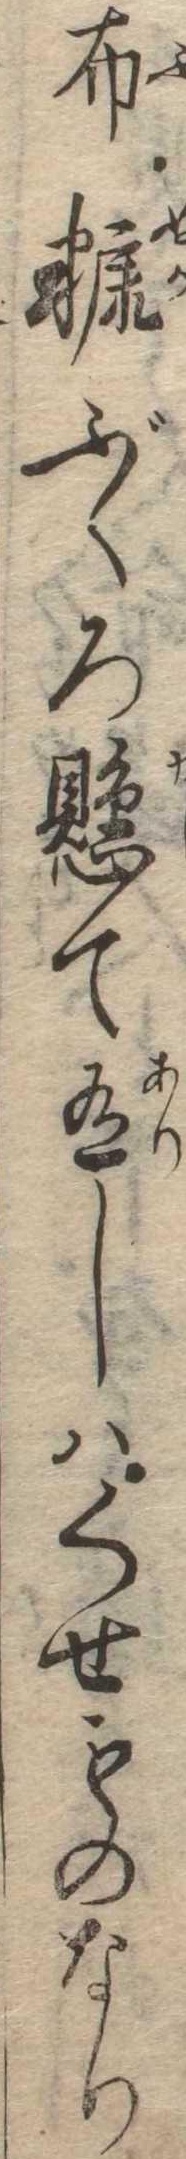
布糠ぶくろ懸て有しはくせものなり